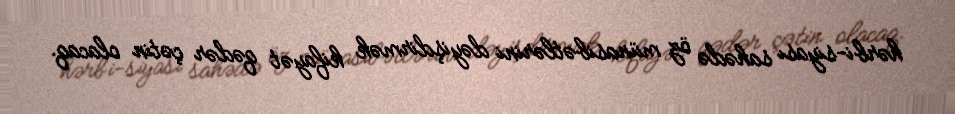
hərbi-siyası sahədə öz münasibətlərini dəyişdirmək kifayət qədər çətin olacaq.